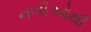
નળીઓથી